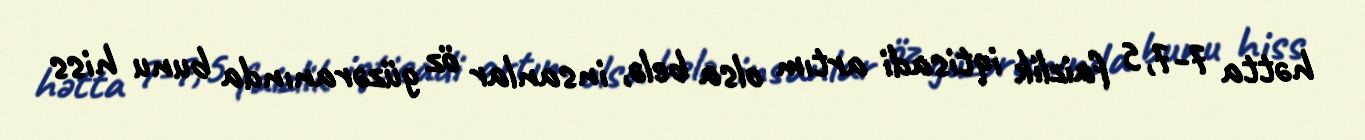
hətta 7-7,5 faizlik iqtisadi artım olsa belə, insanlar öz güzəranında bunu hiss